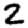
Digit: 2